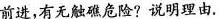
前进，有无触礁危险?说明理由。